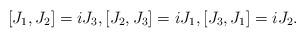
LaTeX: \begin{align*}[J_1,J_2]=iJ_3,[J_2,J_3]=iJ_1,[J_3,J_1]=iJ_2.\end{align*}